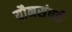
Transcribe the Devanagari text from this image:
यौनसंपर्क